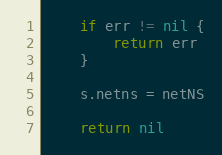
Language: Go
	if err != nil {
		return err
	}

	s.netns = netNS

	return nil